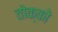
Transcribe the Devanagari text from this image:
तोक्को